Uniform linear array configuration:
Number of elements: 4
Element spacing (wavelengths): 0.25
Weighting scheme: exponential
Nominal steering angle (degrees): -45
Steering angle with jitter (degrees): -43.691
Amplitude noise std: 0.05
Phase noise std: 0.05

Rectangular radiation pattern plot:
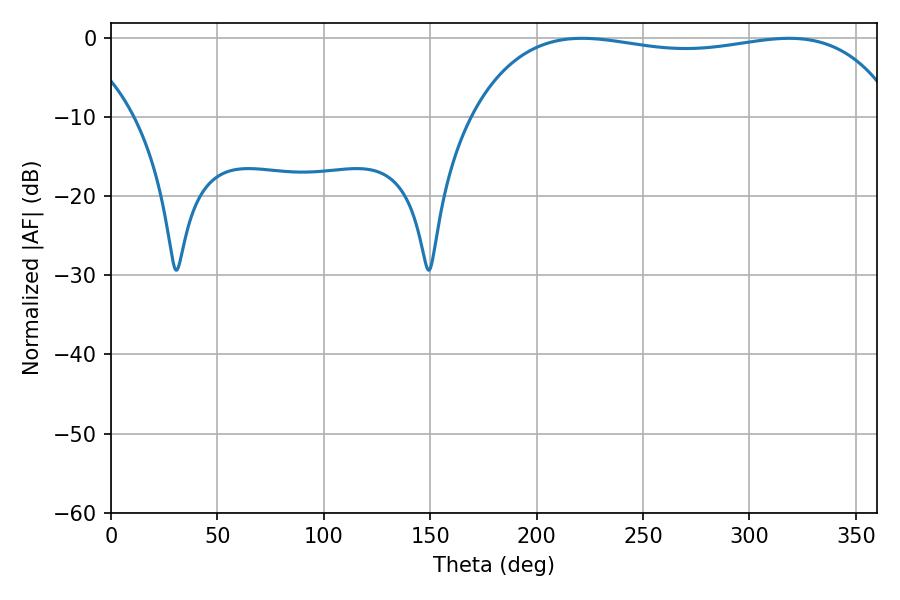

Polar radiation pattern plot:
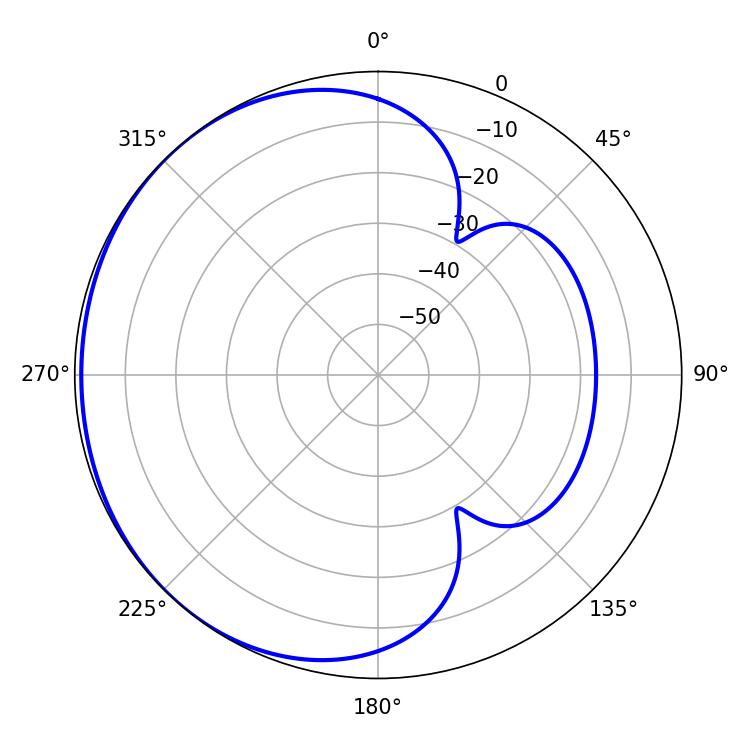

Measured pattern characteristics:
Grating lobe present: FALSE
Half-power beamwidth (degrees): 162
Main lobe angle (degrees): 221.4